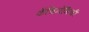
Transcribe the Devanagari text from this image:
कॅचिनेमिची